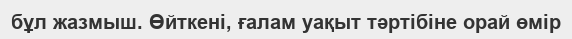
бұл жазмыш. Өйткені, ғалам уақыт тәртібіне орай өмір